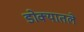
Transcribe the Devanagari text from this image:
डोक्यातले